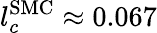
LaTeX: l_{c}^{\mathrm{SMC}}\approx 0.067